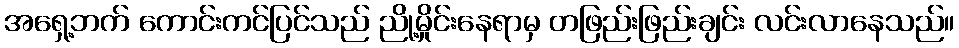
အရှေ့ဘက် ကောင်းကင်ပြင်သည် ညို့မှိုင်းနေရာမှ တဖြည်းဖြည်းချင်း လင်းလာနေသည်။